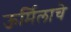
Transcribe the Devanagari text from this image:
ऊर्मिलाचे